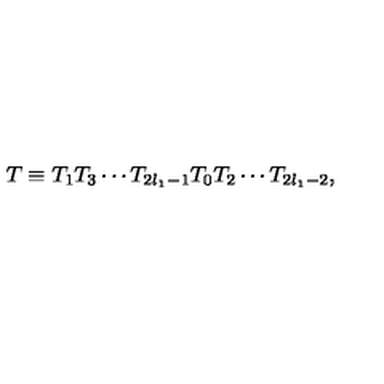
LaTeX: T \equiv T _ { 1 } T _ { 3 } \cdots T _ { 2 l _ { 1 } - 1 } T _ { 0 } T _ { 2 } \cdots T _ { 2 l _ { 1 } - 2 } ,